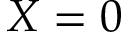
X = 0